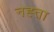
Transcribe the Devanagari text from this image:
नह्ता